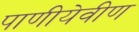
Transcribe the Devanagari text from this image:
पाणीयेवीण